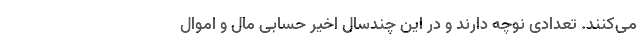
می‌کنند. تعدادی نوچه دارند و در این چندسال اخیر حسابی مال و اموال